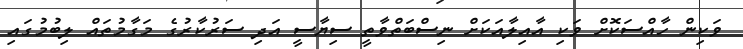
ވަކިން ހާއްސަކޮށް ވަކި އާއިލާއަކަށް ނިސްބަތްވާތީ ސިޔާސީ އަދި ސަރުކާރުގެ މަގާމުތައް ލިބުމުގައި